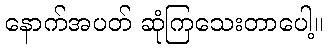
နောက်အပတ် ဆုံကြသေးတာပေါ့။